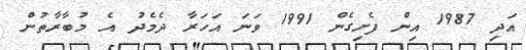
އަދި 1987 އިން ފެށިގެން 1991 ވަނަ އަހަރާ ދެމެދު އެ މުބާރާތުން